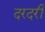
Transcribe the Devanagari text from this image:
दरदरी